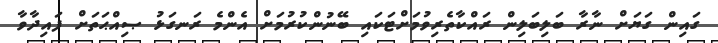
ގައިން ގަޔަށް ނާރާ ބަލިބަލިން ރައްކާތެރިވުމަށްޓަކައި ބޭނުންކުރުމަށް އެންމެ ރަނގަޅު ޞިއްޙަތަށް ފައިދާވާ